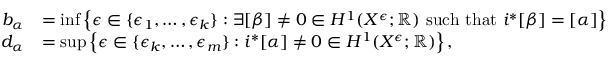
\begin{array} { r l } { b _ { \alpha } } & { = \operatorname* { i n f } \left\{ \epsilon \in \{ \epsilon _ { 1 } , \dots , \epsilon _ { k } \} : \exists [ \beta ] \neq 0 \in H ^ { 1 } ( X ^ { \epsilon } ; \mathbb { R } ) \mathrm { ~ s u c h ~ t h a t ~ } i ^ { * } [ \beta ] = [ \alpha ] \right\} } \\ { d _ { \alpha } } & { = \operatorname* { s u p } \left\{ \epsilon \in \{ \epsilon _ { k } , \dots , \epsilon _ { m } \} : i ^ { * } [ \alpha ] \neq 0 \in H ^ { 1 } ( X ^ { \epsilon } ; \mathbb { R } ) \right\} , } \end{array}